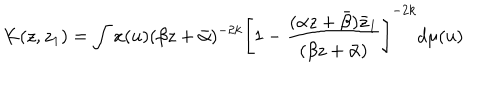
LaTeX: K ( z , z _ { 1 } ) = \int x ( u ) ( \beta z + \bar { \alpha } ) ^ { - 2 k } \left[ 1 - \frac { ( \alpha z + \bar { \beta } ) \bar { z } _ { 1 } } { ( \beta z + \bar { \alpha } ) } \right] ^ { - 2 k } d \mu ( u )